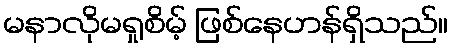
မနာလိုမရှုစိမ့် ဖြစ်နေဟန်ရှိသည်။